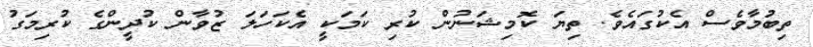
ތިބުމާވެސް އެކުގައެވެ. ތިޔަ ކޮމިޝަނުން ކުރި ކަމަކީ އެކަހަލަ ޒުވާން ކުދީންގެ ކުރިމަގު